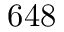
6 4 8